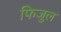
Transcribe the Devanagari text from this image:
फिजुल